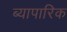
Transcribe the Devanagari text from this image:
ब्यापारिक